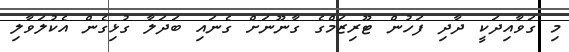
މި ގަވާއިދަކީ ދާދި ފަހުން ޓޫރިޒަމްގެ ގާނޫނަށް ގެނައި ބަދަލާ ގުޅިގެން އެކުލަވާލި